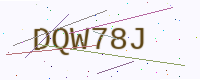
Text: DQW78J